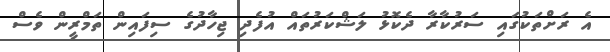
އެ ރަށްތަކުގައި ސަރުކާރާ ދެކޮޅު ލަޝްކަރުތައް އުފެދި ޖިހާދުގެ ސިފައިން ތަމްރީން ވެސް